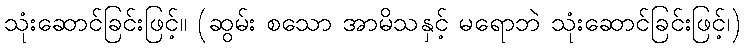
သုံးဆောင်ခြင်းဖြင့်။ (ဆွမ်း စသော အာမိသနှင့် မရောဘဲ သုံးဆောင်ခြင်းဖြင့်၊)